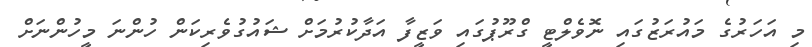
މި އަހަރުގެ މައުރަޒުގައި ނޮވެލްޓީ ގްރޫޕުގައި ވަޒީފާ އަދާކުރުމަށް ޝައުގުވެރިކަން ހުންނަ މީހުންނަށް